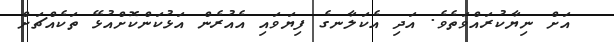
އަށް ނިޔާކުރައްވަތެވެ. އަދި އެކަލާނގެ ފިޔަވައި އެއުރެން އަޅުކަންކޮށްއުޅޭ ތަކެއްޗަށް